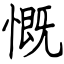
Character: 慨